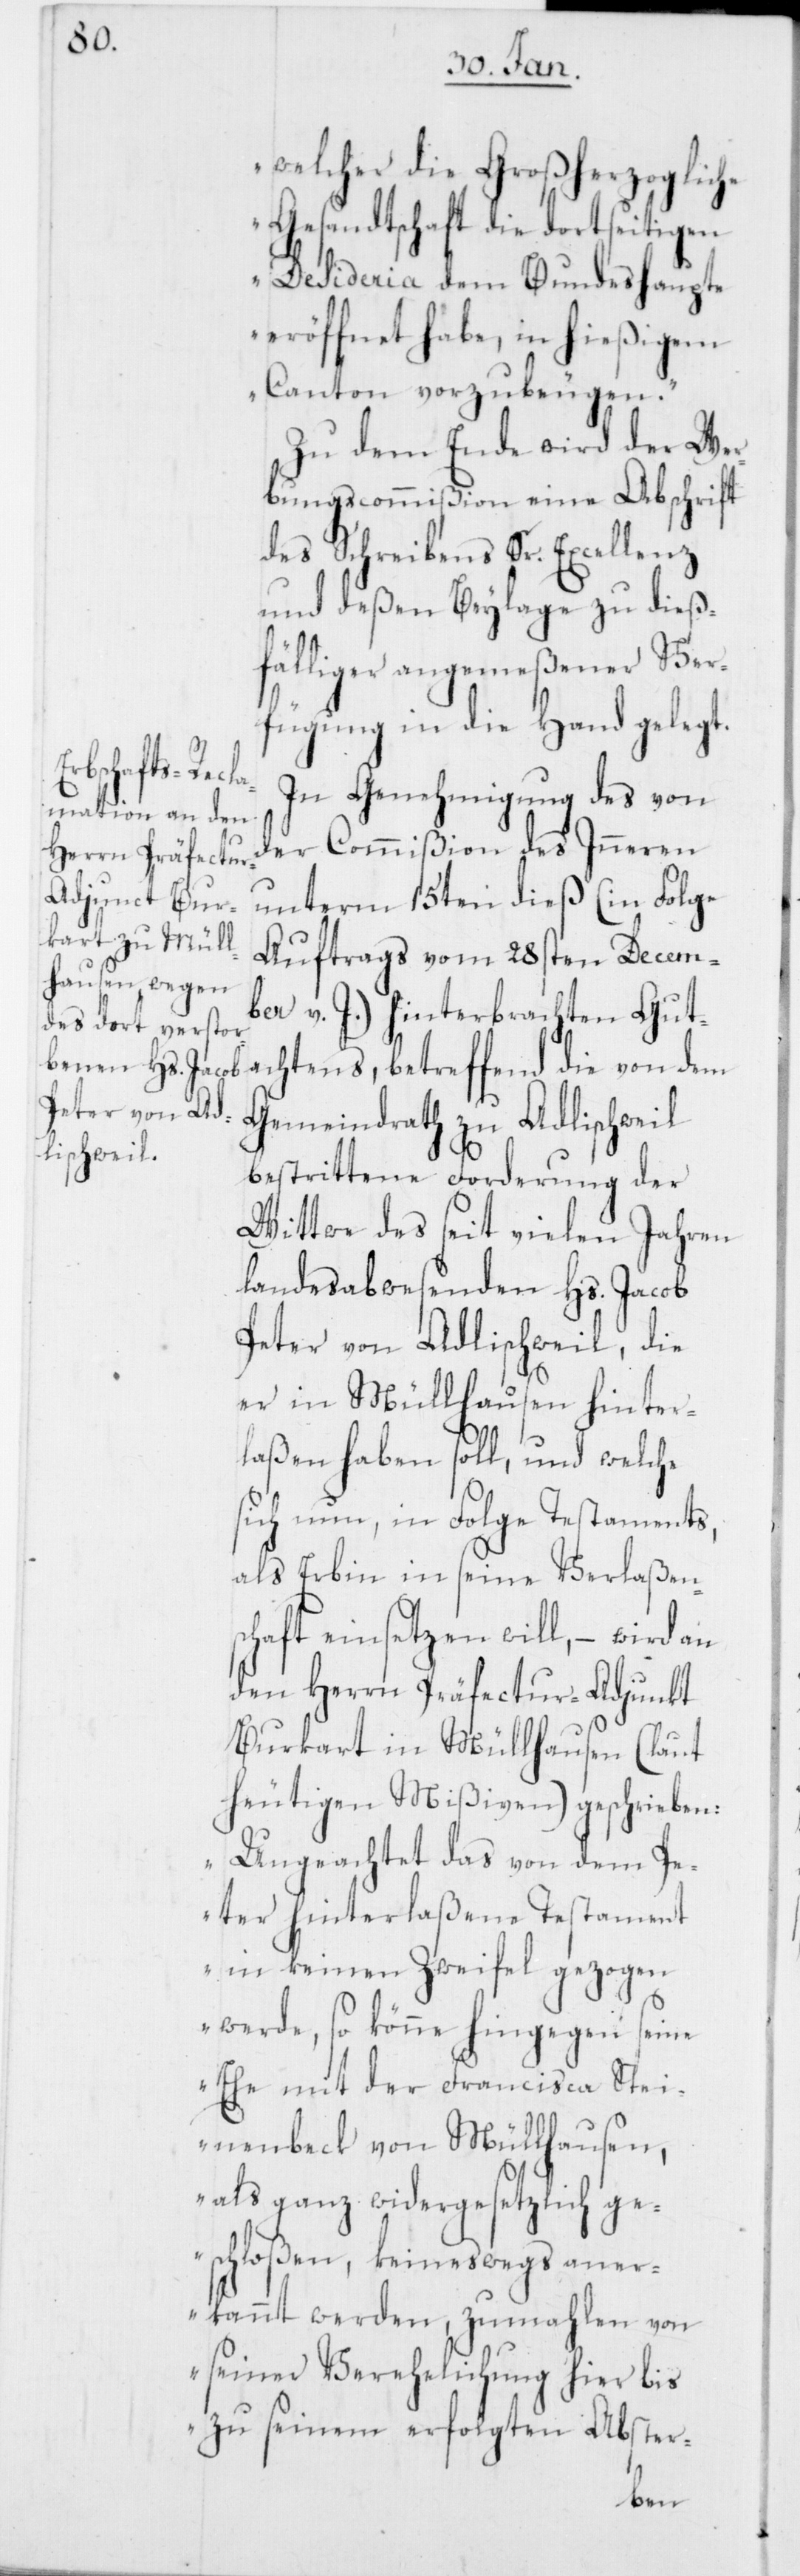
welcher die Großherzogliche
Gesandtschaft die dortseitigen
Desideria dem Bundeshaupt
eröffnet habe, in hießigem
Canton vorzubeugen.“
Zu dem Ende wird der Wer¬
bungscommißion eine Abschrift
des Schreibens Sr. Excellenz
und deßen Beylage zu dieß¬
fälliger angemeßener Ver¬
fügung in die Hand gelegt.
In Genehmigung des von
der Commißion des Inneren
unterm 15ten dieß (in Folge
Auftrags vom 28sten Decem¬
ber v. J.) hinterbrachten Gut¬
Gemeindrath zu Adlischweil
bestrittene Forderung der
Wittwe des seit vielen Jahren
landesabwesenden Hs. Jacob
Peter von Adlischweil, die
er in Müllhausen hinter¬
laßen haben soll, und welche
sich nun, in Folge Testaments,
als Erbin in seine Verlaßens¬
chaft einsetzen will, – wird an
den Herrn Präfectur-Adjunkt
Burkart in Müllhausen (laut
heutigen Mißiven) geschrieben:
„Ungeachtet das von dem Pe¬
ter hinterlaßene Testament
in keinen Zweifel gezogen
werde, so könne hingegen seine
Ehe mit der Francisca Stei¬
nenbeck von Müllhausen,
als ganz widergesetzlich ge¬
schloßen, keineswegs aner¬
kannt werden, zumahlen von
seiner Verehelichung hier bis
zu seinem erfolgten Abster-
dem